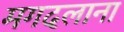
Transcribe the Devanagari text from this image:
मगदलाना